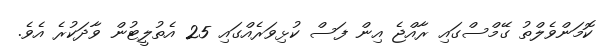
ކޮމަންވެލްތު ގޭމްސްގައި ރާއްޖެ އިން ފަސް ކުޅިވަރެއްގައި 25 އެތުލީޓުން ވާދަކުރެ އެވެ.